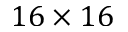
1 6 \times 1 6